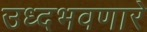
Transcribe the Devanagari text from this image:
उध्दभवणारे